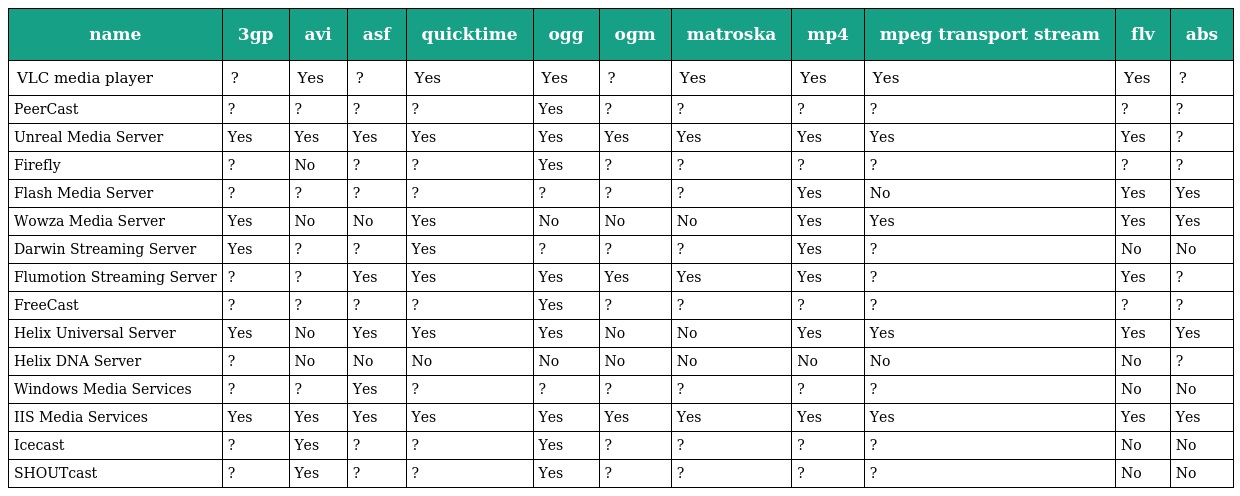
| name | 3gp | avi | asf | quicktime | ogg | ogm | matroska | mp4 | mpeg transport stream | flv | abs |
 | --- | --- | --- | --- | --- | --- | --- | --- | --- | --- | --- | --- |
 | VLC media player | ? | Yes | ? | Yes | Yes | ? | Yes | Yes | Yes | Yes | ? |
 | PeerCast | ? | ? | ? | ? | Yes | ? | ? | ? | ? | ? | ? |
 | Unreal Media Server | Yes | Yes | Yes | Yes | Yes | Yes | Yes | Yes | Yes | Yes | ? |
 | Firefly | ? | No | ? | ? | Yes | ? | ? | ? | ? | ? | ? |
 | Flash Media Server | ? | ? | ? | ? | ? | ? | ? | Yes | No | Yes | Yes |
 | Wowza Media Server | Yes | No | No | Yes | No | No | No | Yes | Yes | Yes | Yes |
 | Darwin Streaming Server | Yes | ? | ? | Yes | ? | ? | ? | Yes | ? | No | No |
 | Flumotion Streaming Server | ? | ? | Yes | Yes | Yes | Yes | Yes | Yes | ? | Yes | ? |
 | FreeCast | ? | ? | ? | ? | Yes | ? | ? | ? | ? | ? | ? |
 | Helix Universal Server | Yes | No | Yes | Yes | Yes | No | No | Yes | Yes | Yes | Yes |
 | Helix DNA Server | ? | No | No | No | No | No | No | No | No | No | ? |
 | Windows Media Services | ? | ? | Yes | ? | ? | ? | ? | ? | ? | No | No |
 | IIS Media Services | Yes | Yes | Yes | Yes | Yes | Yes | Yes | Yes | Yes | Yes | Yes |
 | Icecast | ? | Yes | ? | ? | Yes | ? | ? | ? | ? | No | No |
 | SHOUTcast | ? | Yes | ? | ? | Yes | ? | ? | ? | ? | No | No |